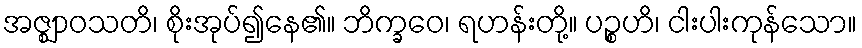
အဇ္ဈာဝသတိ၊ စိုးအုပ်၍နေ၏။ ဘိက္ခဝေ၊ ရဟန်းတို့။ ပဉ္စဟိ၊ ငါးပါးကုန်သော။